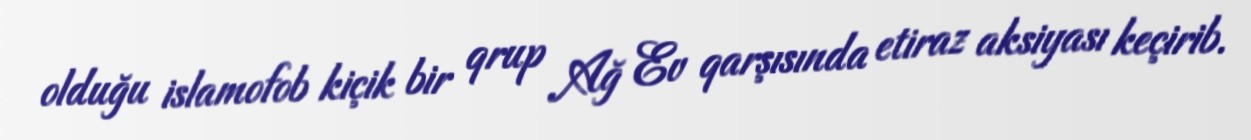
olduğu islamofob kiçik bir qrup Ağ Ev qarşısında etiraz aksiyası keçirib.